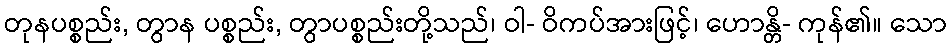
တုနပစ္စည်း, တွာန ပစ္စည်း, တွာပစ္စည်းတို့သည်၊ ဝါ- ဝိကပ်အားဖြင့်၊ ဟောန္တိ- ကုန်၏။ သော